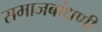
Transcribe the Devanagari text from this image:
समाजबांधणी